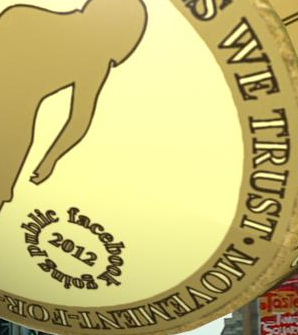
WE TRUST.MOVEMENT-FOR